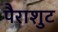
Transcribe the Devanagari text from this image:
पैराशुट